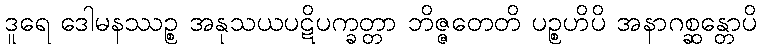
ဒူရေ ဒေါမနဿဉ္စ အနုသယပဋိပက္ခတ္တာ ဘိဇ္ဇတေတိ ပဉ္စဟိပိ အနာဂစ္ဆန္တောပိ